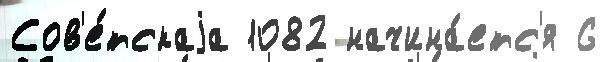
Сов'е́тскаjа 1082 начина́етс'я 6